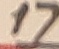
Text: 17